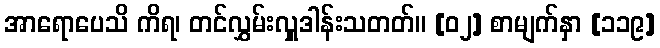
အာရောပေသိ ကိရ၊ တင်လွှမ်းလှူဒါန်းသတတ်။ [၀၂] စာမျက်နှာ [၁၁၉]